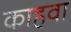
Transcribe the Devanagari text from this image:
काहवा